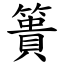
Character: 簣